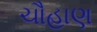
ચૌહાણ